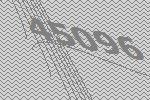
45096